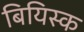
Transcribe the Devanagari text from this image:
बियिस्क